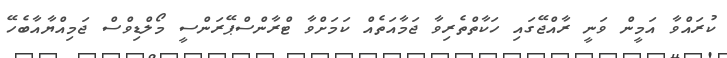
ކުރައްވާ އަމީން ވަނީ ރާއްޖޭގައި ހަކާތްތެރިވާ ޖަމާއަތެއް ކަމަށްވާ ޓްރާންސްޕޭރަންސީ މޯލްޑިވްސް ޖަމިއްޔާއާބެހޭ